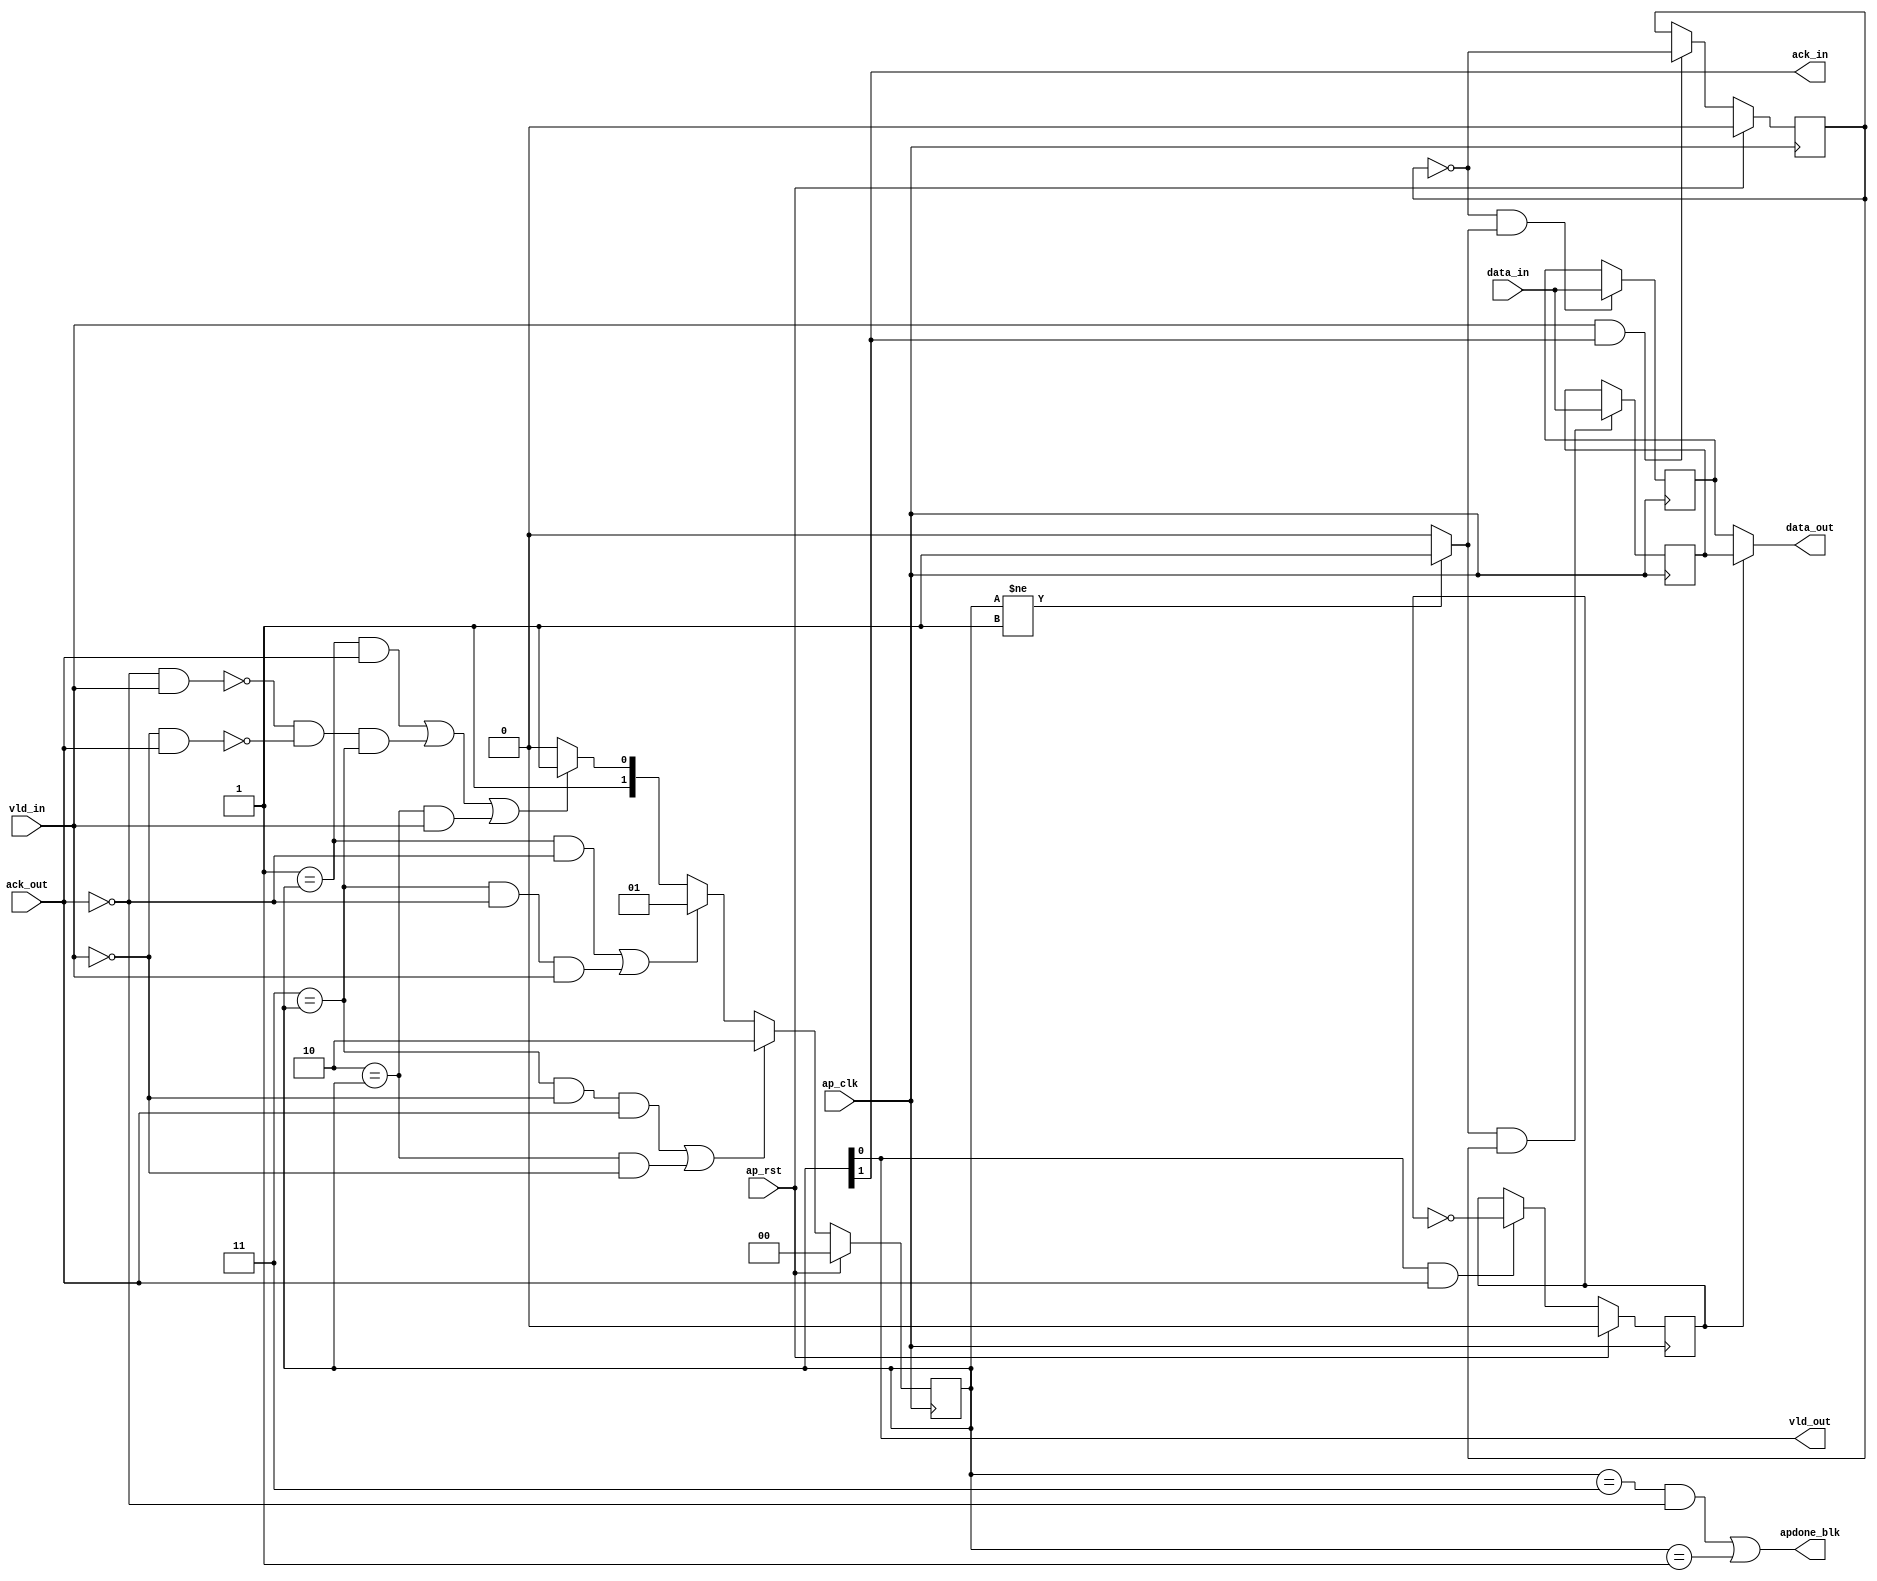
// ==============================================================
// Vitis HLS - High-Level Synthesis from C, C++ and OpenCL v2020.2 (64-bit)
// Copyright 1986-2020 Xilinx, Inc. All Rights Reserved.
// ==============================================================

`timescale 1ns/1ps

module StreamingDataWidthConverter_Batch_0_regslice_both
#(parameter 
    DataWidth=32
)(
    input ap_clk ,
    input ap_rst,

    input [DataWidth-1:0] data_in , 
    input vld_in , 
    output ack_in ,
    output [DataWidth-1:0] data_out, 
    output vld_out,
    input ack_out,
    output apdone_blk
);
 

reg   [1:0] B_V_data_1_state;
wire   [DataWidth-1:0] B_V_data_1_data_in;
reg   [DataWidth-1:0] B_V_data_1_data_out;
wire    B_V_data_1_vld_reg;
wire    B_V_data_1_vld_in;
wire    B_V_data_1_vld_out;
reg   [DataWidth-1:0] B_V_data_1_payload_A;
reg   [DataWidth-1:0] B_V_data_1_payload_B;
reg    B_V_data_1_sel_rd;
reg    B_V_data_1_sel_wr;
wire    B_V_data_1_sel;
wire    B_V_data_1_load_A;
wire    B_V_data_1_load_B;
wire    B_V_data_1_state_cmp_full;
wire    B_V_data_1_ack_in;
wire    B_V_data_1_ack_out;

always @ (posedge ap_clk) begin
    if (ap_rst == 1'b1) begin
        B_V_data_1_sel_rd <= 1'b0;
    end else begin
        if (((1'b1 == B_V_data_1_vld_out) & (1'b1 == B_V_data_1_ack_out))) begin
            B_V_data_1_sel_rd <= ~B_V_data_1_sel_rd;
        end else begin
            B_V_data_1_sel_rd <= B_V_data_1_sel_rd;
        end
    end
end

always @ (posedge ap_clk) begin
    if (ap_rst == 1'b1) begin
        B_V_data_1_sel_wr <= 1'b0;
    end else begin
        if (((1'b1 == B_V_data_1_vld_in) & (1'b1 == B_V_data_1_ack_in))) begin
            B_V_data_1_sel_wr <= ~B_V_data_1_sel_wr;
        end else begin
            B_V_data_1_sel_wr <= B_V_data_1_sel_wr;
        end
    end
end

always @ (posedge ap_clk) begin
    if (ap_rst == 1'b1) begin
        B_V_data_1_state <= 2'd0;
    end else begin
        if ((((2'd3 == B_V_data_1_state) & (1'b0 == B_V_data_1_vld_in) & (1'b1 == B_V_data_1_ack_out)) | ((2'd2 == B_V_data_1_state) & (1'b0 == B_V_data_1_vld_in)))) begin
            B_V_data_1_state <= 2'd2;
        end else if ((((2'd1 == B_V_data_1_state) & (1'b0 == B_V_data_1_ack_out)) | ((2'd3 == B_V_data_1_state) & (1'b0 == B_V_data_1_ack_out) & (1'b1 == B_V_data_1_vld_in)))) begin
            B_V_data_1_state <= 2'd1;
        end else if ((((2'd1 == B_V_data_1_state) & (1'b1 == B_V_data_1_ack_out)) | (~((1'b0 == B_V_data_1_ack_out) & (1'b1 == B_V_data_1_vld_in)) & ~((1'b0 == B_V_data_1_vld_in) & (1'b1 == B_V_data_1_ack_out)) & (2'd3 == B_V_data_1_state)) | ((2'd2 == B_V_data_1_state) & (1'b1 == B_V_data_1_vld_in)))) begin
            B_V_data_1_state <= 2'd3;
        end else begin
            B_V_data_1_state <= 2'd2;
        end
    end
end

always @ (posedge ap_clk) begin
    if ((1'b1 == B_V_data_1_load_A)) begin
        B_V_data_1_payload_A <= B_V_data_1_data_in;
    end
end

always @ (posedge ap_clk) begin
    if ((1'b1 == B_V_data_1_load_B)) begin
        B_V_data_1_payload_B <= B_V_data_1_data_in;
    end
end

always @ (*) begin
    if ((1'b1 == B_V_data_1_sel)) begin
        B_V_data_1_data_out = B_V_data_1_payload_B;
    end else begin
        B_V_data_1_data_out = B_V_data_1_payload_A;
    end
end

assign B_V_data_1_ack_in = B_V_data_1_state[1'd1];
assign B_V_data_1_load_A = (~B_V_data_1_sel_wr & B_V_data_1_state_cmp_full);
assign B_V_data_1_load_B = (B_V_data_1_state_cmp_full & B_V_data_1_sel_wr);
assign B_V_data_1_sel = B_V_data_1_sel_rd;
assign B_V_data_1_state_cmp_full = ((B_V_data_1_state != 2'd1) ? 1'b1 : 1'b0);
assign B_V_data_1_vld_out = B_V_data_1_state[1'd0];

assign ack_in = B_V_data_1_ack_in;
assign B_V_data_1_data_in = data_in;
assign B_V_data_1_vld_in = vld_in;

assign vld_out = B_V_data_1_vld_out;
assign data_out = B_V_data_1_data_out;
assign B_V_data_1_ack_out = ack_out;

assign apdone_blk = ((B_V_data_1_state == 2'd3 && ack_out == 1'b0) | (B_V_data_1_state == 2'd1));

endmodule // both

module StreamingDataWidthConverter_Batch_0_regslice_both_w1
#(parameter 
    DataWidth=1
)(
    input ap_clk ,
    input ap_rst,

    input data_in , 
    input vld_in , 
    output ack_in ,
    output data_out, 
    output vld_out,
    input ack_out,
    output apdone_blk
);

reg     [1:0] B_V_data_1_state;
wire    B_V_data_1_data_in;
reg     B_V_data_1_data_out;
wire    B_V_data_1_vld_reg;
wire    B_V_data_1_vld_in;
wire    B_V_data_1_vld_out;
reg     B_V_data_1_payload_A;
reg     B_V_data_1_payload_B;
reg     B_V_data_1_sel_rd;
reg     B_V_data_1_sel_wr;
wire    B_V_data_1_sel;
wire    B_V_data_1_load_A;
wire    B_V_data_1_load_B;
wire    B_V_data_1_state_cmp_full;
wire    B_V_data_1_ack_in;
wire    B_V_data_1_ack_out;

always @ (posedge ap_clk) begin
    if (ap_rst == 1'b1) begin
        B_V_data_1_sel_rd <= 1'b0;
    end else begin
        if (((1'b1 == B_V_data_1_vld_out) & (1'b1 == B_V_data_1_ack_out))) begin
            B_V_data_1_sel_rd <= ~B_V_data_1_sel_rd;
        end else begin
            B_V_data_1_sel_rd <= B_V_data_1_sel_rd;
        end
    end
end

always @ (posedge ap_clk) begin
    if (ap_rst == 1'b1) begin
        B_V_data_1_sel_wr <= 1'b0;
    end else begin
        if (((1'b1 == B_V_data_1_vld_in) & (1'b1 == B_V_data_1_ack_in))) begin
            B_V_data_1_sel_wr <= ~B_V_data_1_sel_wr;
        end else begin
            B_V_data_1_sel_wr <= B_V_data_1_sel_wr;
        end
    end
end

always @ (posedge ap_clk) begin
    if (ap_rst == 1'b1) begin
        B_V_data_1_state <= 2'd0;
    end else begin
        if ((((2'd3 == B_V_data_1_state) & (1'b0 == B_V_data_1_vld_in) & (1'b1 == B_V_data_1_ack_out)) | ((2'd2 == B_V_data_1_state) & (1'b0 == B_V_data_1_vld_in)))) begin
            B_V_data_1_state <= 2'd2;
        end else if ((((2'd1 == B_V_data_1_state) & (1'b0 == B_V_data_1_ack_out)) | ((2'd3 == B_V_data_1_state) & (1'b0 == B_V_data_1_ack_out) & (1'b1 == B_V_data_1_vld_in)))) begin
            B_V_data_1_state <= 2'd1;
        end else if ((((2'd1 == B_V_data_1_state) & (1'b1 == B_V_data_1_ack_out)) | (~((1'b0 == B_V_data_1_ack_out) & (1'b1 == B_V_data_1_vld_in)) & ~((1'b0 == B_V_data_1_vld_in) & (1'b1 == B_V_data_1_ack_out)) & (2'd3 == B_V_data_1_state)) | ((2'd2 == B_V_data_1_state) & (1'b1 == B_V_data_1_vld_in)))) begin
            B_V_data_1_state <= 2'd3;
        end else begin
            B_V_data_1_state <= 2'd2;
        end
    end
end

always @ (posedge ap_clk) begin
    if ((1'b1 == B_V_data_1_load_A)) begin
        B_V_data_1_payload_A <= B_V_data_1_data_in;
    end
end

always @ (posedge ap_clk) begin
    if ((1'b1 == B_V_data_1_load_B)) begin
        B_V_data_1_payload_B <= B_V_data_1_data_in;
    end
end

always @ (*) begin
    if ((1'b1 == B_V_data_1_sel)) begin
        B_V_data_1_data_out = B_V_data_1_payload_B;
    end else begin
        B_V_data_1_data_out = B_V_data_1_payload_A;
    end
end

assign B_V_data_1_ack_in = B_V_data_1_state[1'd1];
assign B_V_data_1_load_A = (~B_V_data_1_sel_wr & B_V_data_1_state_cmp_full);
assign B_V_data_1_load_B = (B_V_data_1_state_cmp_full & B_V_data_1_sel_wr);
assign B_V_data_1_sel = B_V_data_1_sel_rd;
assign B_V_data_1_state_cmp_full = ((B_V_data_1_state != 2'd1) ? 1'b1 : 1'b0);
assign B_V_data_1_vld_out = B_V_data_1_state[1'd0];

assign ack_in = B_V_data_1_ack_in;
assign B_V_data_1_data_in = data_in;
assign B_V_data_1_vld_in = vld_in;

assign vld_out = B_V_data_1_vld_out;
assign data_out = B_V_data_1_data_out;
assign B_V_data_1_ack_out = ack_out;

assign apdone_blk = ((B_V_data_1_state == 2'd3 && ack_out == 1'b0) | (B_V_data_1_state == 2'd1));

endmodule // both